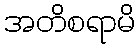
အတိစရာမိ